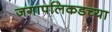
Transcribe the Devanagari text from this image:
जगापलिकडच्या